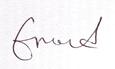
Signature authenticity: genuine